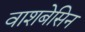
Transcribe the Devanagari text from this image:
वाशबेसिन